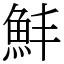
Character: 䰷